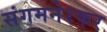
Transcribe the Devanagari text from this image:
संगमनेरकर